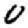
Digit: 0